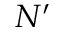
N ^ { \prime }